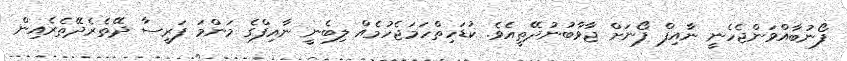
ފޯނުބާއްވަންޖެހެނީ ނާއިފް ފޯނަށް ޖާވާބުނުދޭތީއެވެ. ކުޑަހިތްހަމަޖެހުމެއް ލިބެނީ ނާއިފްގެ މަންމަ ފަރީސާ ދޭތެރެދޭތެރެއިން